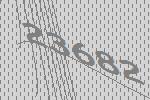
23682